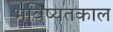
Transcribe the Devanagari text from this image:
भविष्यतकाल